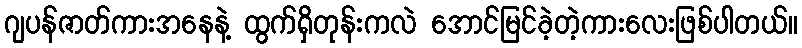
ဂျပန်ဇာတ်ကားအနေနဲ့ ထွက်ရှိတုန်းကလဲ အောင်မြင်ခဲ့တဲ့ကားလေးဖြစ်ပါတယ်။